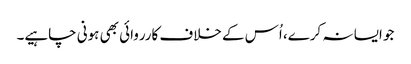
جو ایسا نہ کرے، اُس کے خلاف کارروائی بھی ہونی چاہیے۔